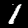
Digit: 1